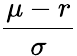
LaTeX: \frac{\mu-r}{\sigma}